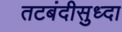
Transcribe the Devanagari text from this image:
तटबंदीसुध्दा